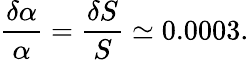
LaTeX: \frac{\delta\alpha}{\alpha}=\frac{\delta S}{S}\simeq 0.0003.